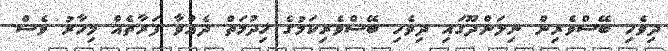
ދިވެހި ބޭސްވެރިން ނިލަންދޫގައި ދިވެހި ބޭސްވެރިކަމުގެ ޚިދުމަތް ދެއްވާ ފަރާތެއް މިހާރު ވެސް